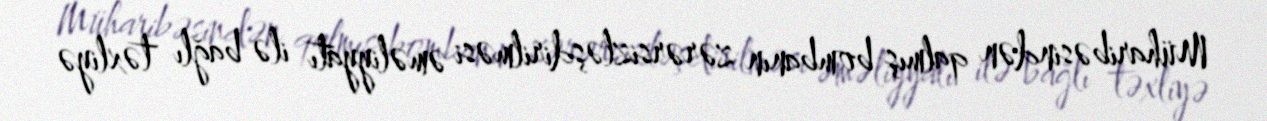
Müharibəsindən qalmış bombanın zərərsizləşdirilməsi əməliyyatı ilə bağlı təxliyə